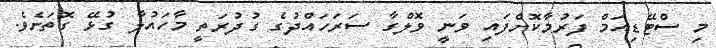
މި ސްޓޭޑިއަމް ފަރުމާކޮށްފައި ވަނީ ވޮލްގާ ސަރަހައްދުގެ ގުދުރަތީ މާހައުލާ ގުޅޭ ގޮތަށެވެ.